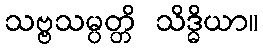
သဗ္ဗသမ္ပတ္တိ သိဒ္ဓိယာ။